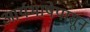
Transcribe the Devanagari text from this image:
आर्यभाषेपासून